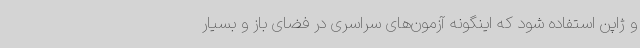
و ژاپن استفاده شود که اینگونه آزمون‌های سراسری در فضای باز و بسیار